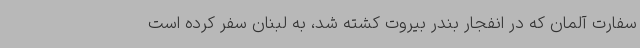
سفارت آلمان که در انفجار بندر بیروت کشته شد، به لبنان سفر کرده است